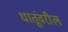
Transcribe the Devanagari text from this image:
धातूंवरील